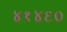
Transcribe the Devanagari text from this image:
४१४६०